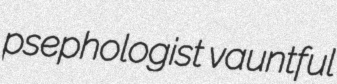
psephologist vauntful